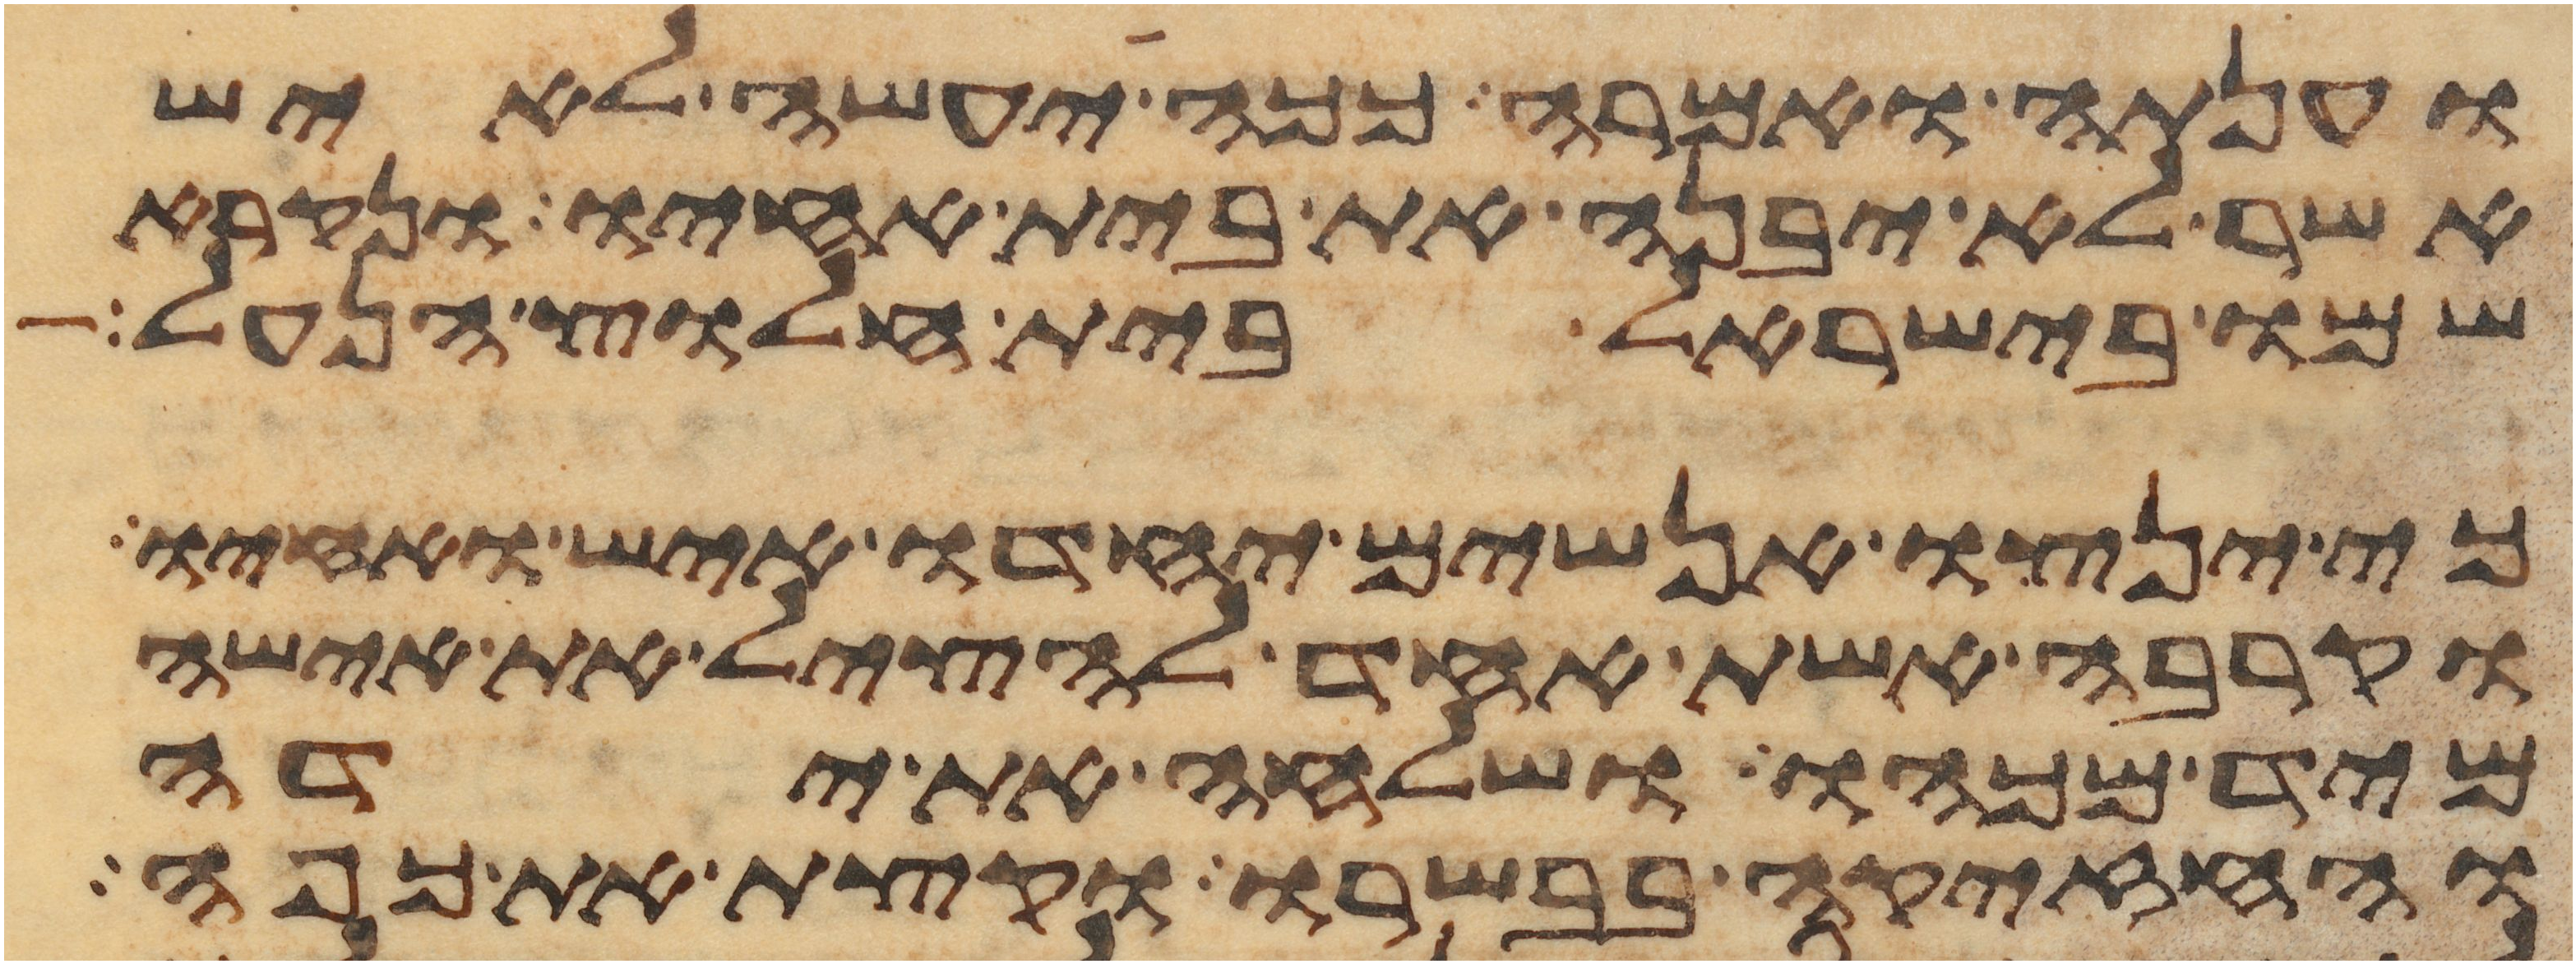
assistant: וענתה ואמרה ככה יעשה לאיש
אשר לא יבנה את בית אחיו ונקרא
שמו בישראל בית חלוץ הנעל
כי ינצו אנשים יחדו איש ואחיו
וקרבה אשת אחד להציל את אישה
מיד מכהו ושלחה את ידה
והחזיקה בבשרו וקצת את כפה